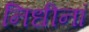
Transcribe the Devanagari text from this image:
निधीनां